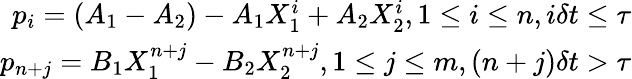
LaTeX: \begin{array}{r}{p_{i}=(A_{1}-A_{2})-A_{1}X_{1}^{i}+A_{2}X_{2}^{i},1\leq i\leq n,i\delta t\leq\tau}\\ {p_{n+j}=B_{1}X_{1}^{n+j}-B_{2}X_{2}^{n+j},1\leq j\leq m,(n+j)\delta t>\tau}\end{array}